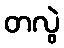
တလွဲ